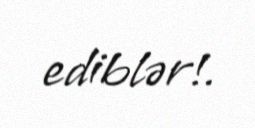
ediblər!.